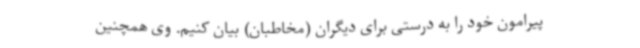
پیرامون خود را به درستی برای دیگران (مخاطبان) بیان کنیم. وی همچنین